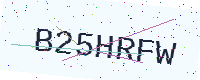
Text: B25HRFW